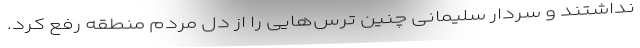
نداشتند و سردار سلیمانی چنین ترس‌هایی را از دل مردم منطقه رفع کرد.